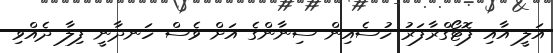
އަލީ އާއި ފޮޓޯގްރާފަރު ހުސެއިން ސިނާންގެ އަށް ވެސް ހަނދާނީ ފިލާ ދެއްވި